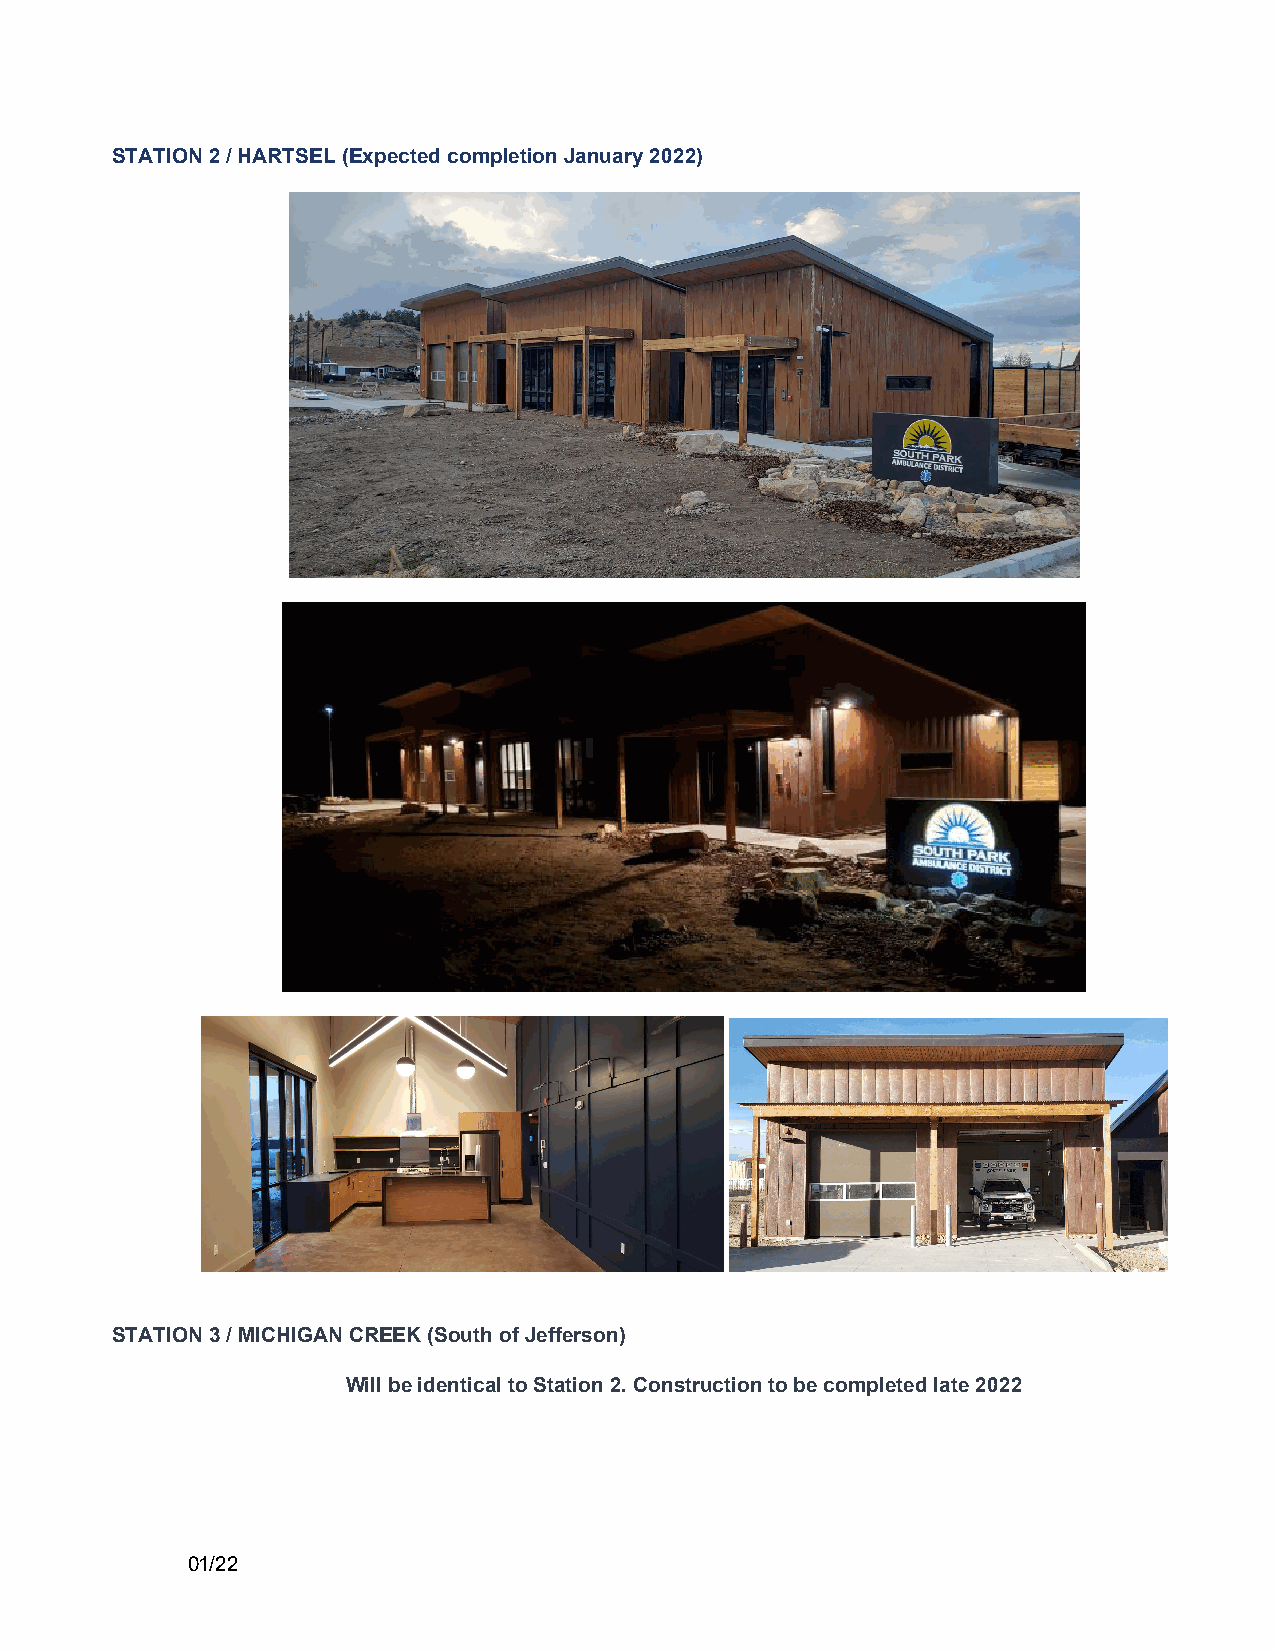
STATION 2 / HARTSEL (Expected completion January 2022)
 STATION 3 / MICHIGAN CREEK (South of Jefferson)
 Will be identical to Station 2. Construction to be completed late 2022
 01/22